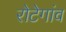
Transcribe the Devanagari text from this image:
रोटेगांव